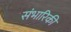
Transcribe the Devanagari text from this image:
संभारिकी